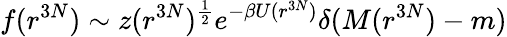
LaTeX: f(r^{3N})\sim z(r^{3N})^{\frac{1}{2}}e^{-\beta U(r^{3N})}\delta(M(r^{3N})-m)